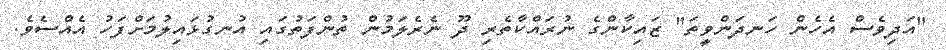
"އަދިވެސް އެހެން ހަނދަންވީތަ" ޒައިކާންގެ ނުރައްކާތެރި ދޫ ނެރެލަމުން ތުންފަތުގައި އުނގުޅައިލުމަށްފަހު އެއްސެވެ.